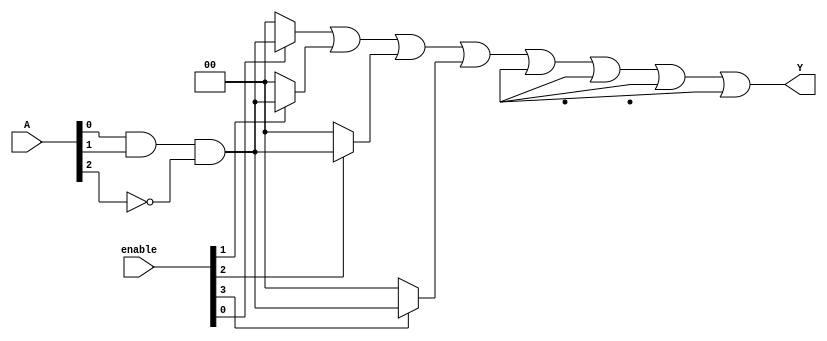
module GPAL #(
    parameter NUM_INPUTS = 4,     // Number of inputs
    parameter NUM_PRODUCT_TERMS = 8, // Number of product terms in AND array
    parameter NUM_OUTPUTS = 2      // Number of outputs
)(
    input wire [NUM_INPUTS-1:0] A, // Input signals
    input wire [NUM_PRODUCT_TERMS-1:0] enable, // Enable signals for product terms
    output wire [NUM_OUTPUTS-1:0] Y // Output signals
);

// Internal wires for product terms
wire [NUM_PRODUCT_TERMS-1:0] product_terms [NUM_INPUTS-1:0];

// Generate the AND array
genvar i, j;
generate
    for (i = 0; i < NUM_PRODUCT_TERMS; i = i + 1) begin : and_array
        wire [NUM_INPUTS-1:0] term_inputs;
        assign term_inputs = {A[NUM_INPUTS-1], A[NUM_INPUTS-2], A[NUM_INPUTS-3], A[NUM_INPUTS-4]}; // Example input mapping

        // Each product term can be programmed with specific logic
        assign product_terms[i] = (enable[i]) ? 
            (term_inputs[0] & term_inputs[1] & ~term_inputs[2]) : 1'b0; // Example logic for product term
    end
endgenerate

// OR array to combine product terms
wire [NUM_OUTPUTS-1:0] or_outputs [NUM_OUTPUTS-1:0];

generate
    for (j = 0; j < NUM_OUTPUTS; j = j + 1) begin : or_array
        assign or_outputs[j] = product_terms[0] | product_terms[1] | product_terms[2] | product_terms[3] | 
                                product_terms[4] | product_terms[5] | product_terms[6] | product_terms[7]; // Combine all product terms
    end
endgenerate

// Assign final outputs
assign Y = or_outputs[0]; // Example: only one output for simplicity

endmodule